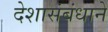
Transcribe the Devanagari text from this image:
देशासंबंधाने